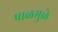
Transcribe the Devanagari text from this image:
पाळमुळे